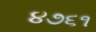
૪૭૬૧